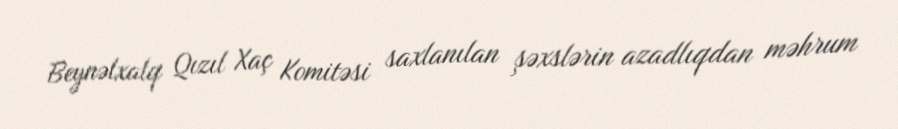
Beynəlxalq Qızıl Xaç Komitəsi saxlanılan şəxslərin azadlıqdan məhrum